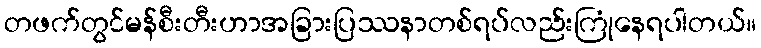
တဖက်တွင်မန်စီးတီးဟာအခြားပြဿနာတစ်ရပ်လည်းကြုံနေရပါတယ်။